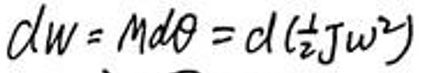
$d w = m d \underline{\theta} = d ( \frac{1}{2} J \omega ^ { 2 } )$